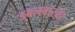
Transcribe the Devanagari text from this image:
डबलबारवर